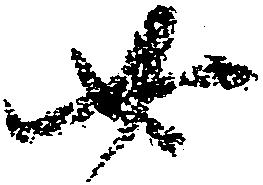
廿